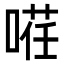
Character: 𭉡